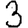
Digit: 3